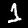
Label: 1